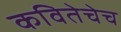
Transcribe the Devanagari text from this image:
कवितेचेच